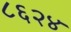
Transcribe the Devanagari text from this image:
८६२४